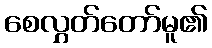
စေလွှတ်တော်မူ၏